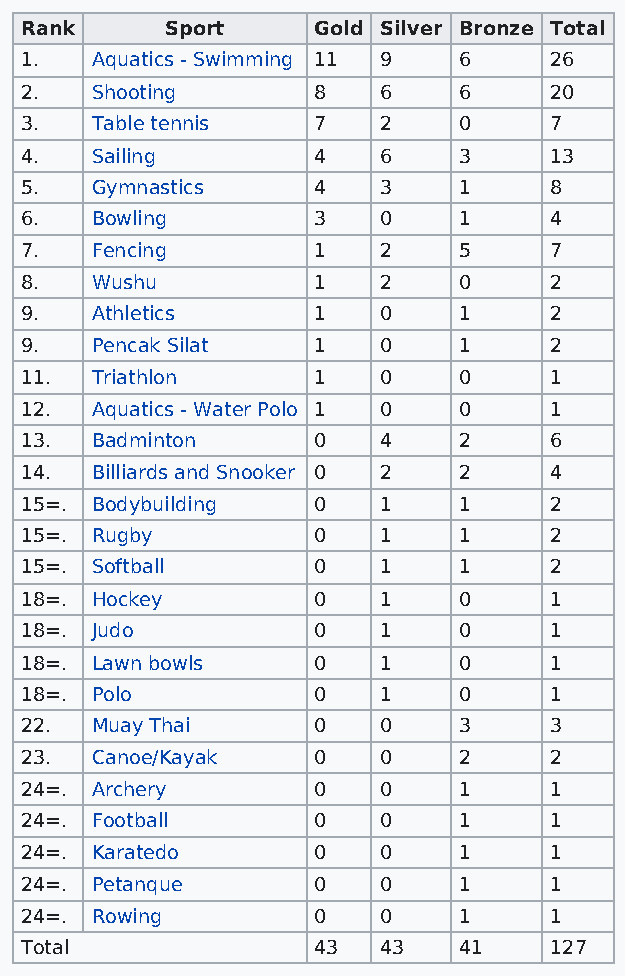
Rank      Sport     Gold Silver Bronze Total
 1.   Aquatics - Swimming 11 9 6    26
 2.   Shooting       8   6    6     20
 3.   Table tennis   7   2    0     7
 4.   Sailing        4   6    3     13
 5.   Gymnastics     4   3    1     8
 6.   Bowling        3   0    1     4
 7.   Fencing        1   2    5     7
 8.   Wushu          1   2    0     2
 9.   Athletics      1   0    1     2
 9.   Pencak Silat   1   0    1     2
 11.  Triathlon      1   0    0     1
 12.  Aquatics - Water Polo 1 0 0   1
 13.  Badminton      0   4    2     6
 14.  Billiards and Snooker 0 2 2   4
 15=. Bodybuilding   0   1    1     2
 15=. Rugby          0   1    1     2
 15=. Softball       0   1    1     2
 18=. Hockey         0   1    0     1
 18=. Judo           0   1    0     1
 18=. Lawn bowls     0   1    0     1
 18=. Polo           0   1    0     1
 22.  Muay Thai      0   0    3     3
 23.  Canoe/Kayak    0   0    2     2
 24=. Archery        0   0    1     1
 24=. Football       0   0    1     1
 24=. Karatedo       0   0    1     1
 24=. Petanque       0   0    1     1
 24=. Rowing         0   0    1     1
 Total               43  43   41    127